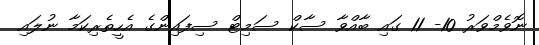
ނޮވެމްވަރު 10- 11 ގައި ބާއްވާ ސާކް ސަމިޓް ސިފައިންގެ އެހީތެރިކަމާ ނުލައި